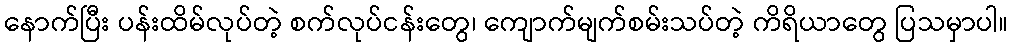
နောက်ပြီး ပန်းထိမ်လုပ်တဲ့ စက်လုပ်ငန်းတွေ၊ ကျောက်မျက်စမ်းသပ်တဲ့ ကိရိယာတွေ ပြသမှာပါ။